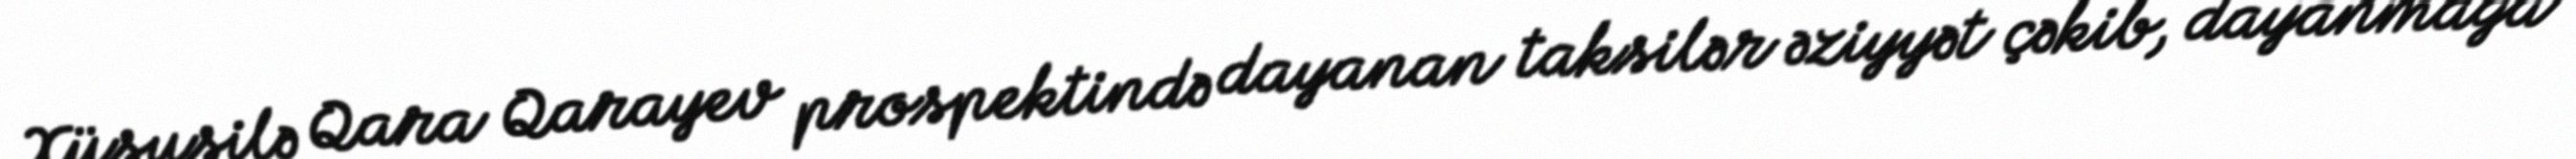
Xüsusilə Qara Qarayev prospektində dayanan taksilər əziyyət çəkib, dayanmağa